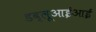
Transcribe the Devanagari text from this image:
डब्लूआईआई